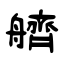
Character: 艩